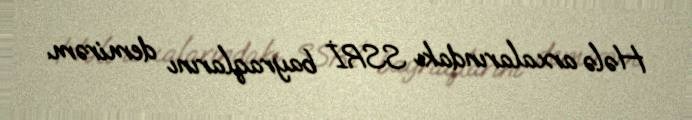
Hələ arxalarındakı SSRİ bayraqlarını demirəm.